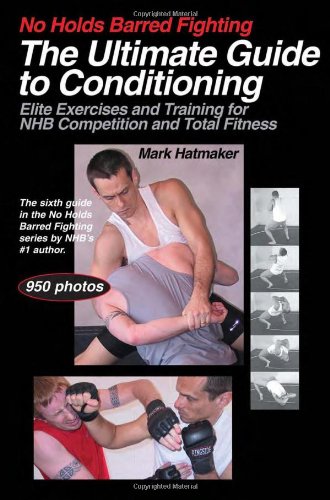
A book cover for No Holds Barred Fighting: The Ultimate Guide to Conditioning: Elite Exercises and Training for NHB Competition and Total Fitness (No Holds Barred Fighting series); Mark Hatmaker; Sports & Outdoors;